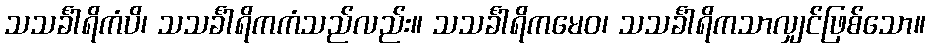
သသင်္ခါရိကံပိ၊ သသင်္ခါရိကကံသည်လည်း။ သသင်္ခါရိကမေဝ၊ သသင်္ခါရိကသာလျှင်ဖြစ်သော။